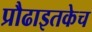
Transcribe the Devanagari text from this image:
प्रौढाइतकेच